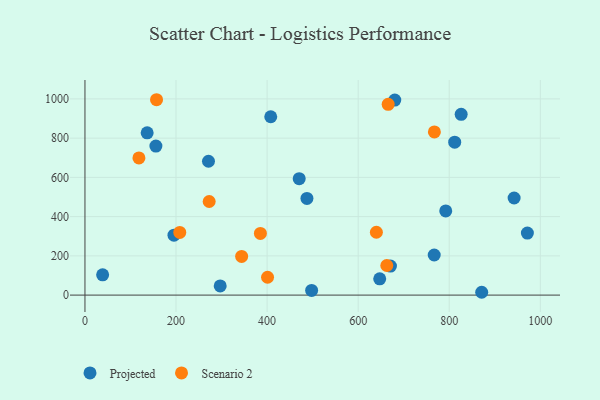
{"axis": {"x": "Ad Spend", "y": "Rating"}, "legend": ["Projected", "Scenario 2"], "data": [{"x": "38.8", "y": 103.1, "type": "Projected"}, {"x": "408.0", "y": 908.9, "type": "Projected"}, {"x": "470.5", "y": 593.2, "type": "Projected"}, {"x": "792.3", "y": 428.9, "type": "Projected"}, {"x": "487.5", "y": 492.6, "type": "Projected"}, {"x": "871.3", "y": 14.4, "type": "Projected"}, {"x": "297.0", "y": 46.9, "type": "Projected"}, {"x": "680.4", "y": 993.8, "type": "Projected"}, {"x": "670.9", "y": 147.7, "type": "Projected"}, {"x": "826.2", "y": 921.3, "type": "Projected"}, {"x": "155.8", "y": 759.5, "type": "Projected"}, {"x": "812.0", "y": 779.3, "type": "Projected"}, {"x": "497.8", "y": 23.8, "type": "Projected"}, {"x": "195.5", "y": 305.2, "type": "Projected"}, {"x": "971.6", "y": 316.0, "type": "Projected"}, {"x": "271.3", "y": 682.1, "type": "Projected"}, {"x": "767.0", "y": 204.4, "type": "Projected"}, {"x": "136.6", "y": 827.2, "type": "Projected"}, {"x": "647.3", "y": 83.0, "type": "Projected"}, {"x": "942.5", "y": 495.0, "type": "Projected"}, {"x": "640.0", "y": 320.4, "type": "Scenario 2"}, {"x": "662.9", "y": 150.8, "type": "Scenario 2"}, {"x": "767.4", "y": 831.9, "type": "Scenario 2"}, {"x": "665.9", "y": 972.5, "type": "Scenario 2"}, {"x": "157.2", "y": 995.8, "type": "Scenario 2"}, {"x": "385.3", "y": 314.3, "type": "Scenario 2"}, {"x": "401.0", "y": 91.1, "type": "Scenario 2"}, {"x": "344.1", "y": 197.0, "type": "Scenario 2"}, {"x": "272.8", "y": 477.0, "type": "Scenario 2"}, {"x": "208.2", "y": 319.5, "type": "Scenario 2"}, {"x": "118.5", "y": 699.2, "type": "Scenario 2"}]}